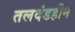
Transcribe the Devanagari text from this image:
तलदंडहीन